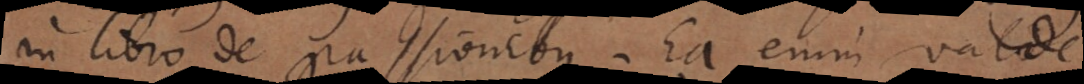
in libro de passionibus. Ea enim valde